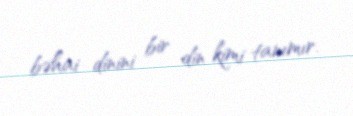
bəhai dinini bir din kimi tanımır.